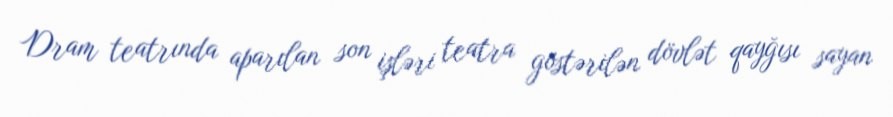
Dram teatrında aparılan son işləri teatra göstərilən dövlət qayğısı sayan